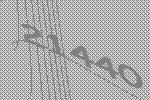
21440